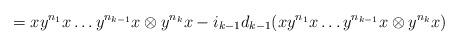
LaTeX: \begin{align*}= xy^{n_1}x \dots y^{n_{k-1}}x \otimes y^{n_k}x - i_{k-1}d_{k-1}(xy^{n_1}x \dots y^{n_{k-1}}x \otimes y^{n_k}x) \end{align*}